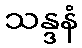
သန္ဒနံ